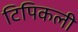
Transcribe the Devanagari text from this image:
टिपिकली